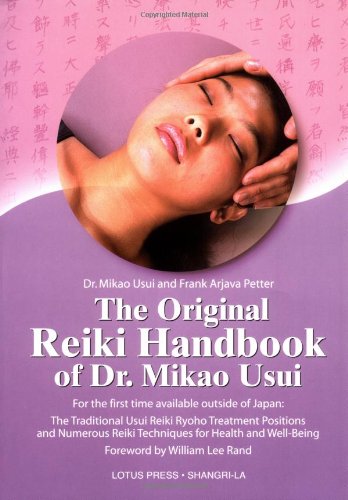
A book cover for The Original Reiki Handbook of Dr. Mikao Usui; Mikao Usui; Health, Fitness & Dieting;